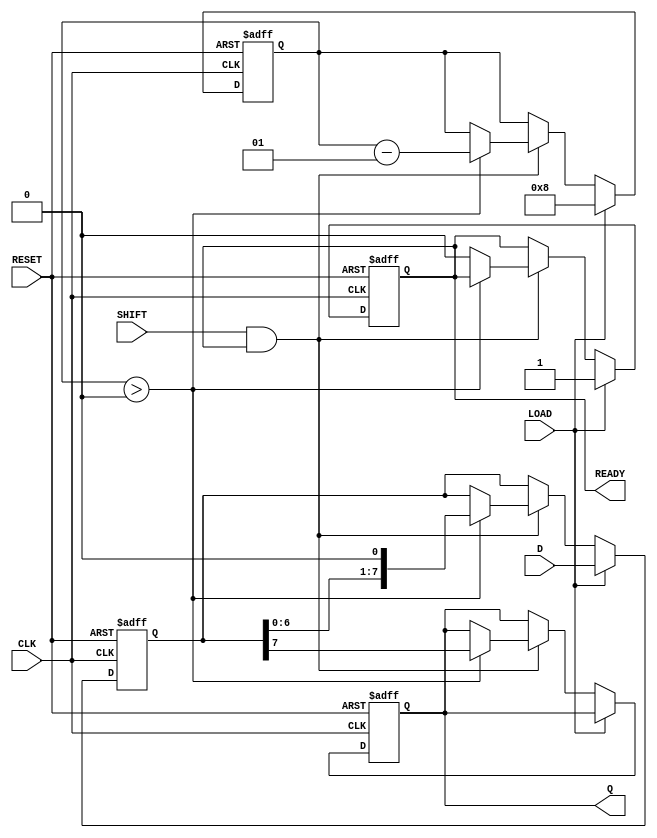
module PISO_Register #(
    parameter n = 8  // Parameter for the size of the data input, default is 8 bits
)(
    input  wire [n-1:0] D,     // Parallel data input
    input  wire LOAD,           // Load control signal
    input  wire SHIFT,          // Shift control signal
    input  wire CLK,            // Clock signal
    input  wire RESET,          // Synchronous reset signal
    output reg  Q,              // Serial output
    output reg  READY           // Data ready signal
);

    // Internal storage for the data
    reg [n-1:0] shift_reg;      // Shift register to hold the data
    integer count;              // Counter for shifting out bits

    always @(posedge CLK or posedge RESET) begin
        if (RESET) begin
            // Reset logic: Clear the shift register and output
            shift_reg <= 0;
            Q <= 0;
            READY <= 0;
            count <= 0;
        end else if (LOAD) begin
            // Load data into the shift register
            shift_reg <= D;
            count <= n;          // Set count to the number of bits to shift
            READY <= 1;         // Indicate that data is ready to be shifted out
        end else if (SHIFT && READY) begin
            // Shift operation
            if (count > 0) begin
                Q <= shift_reg[n-1];  // Output the MSB
                shift_reg <= {shift_reg[n-2:0], 1'b0}; // Shift left
                count <= count - 1;    // Decrement the count
            end else begin
                READY <= 0;             // No more data to shift, clear READY
            end
        end
    end

endmodule